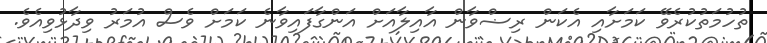
ތުހުމަތުކުރެވޭ ކަމަށާއި އެކަން ރިޟްވާން އާއިލާއަށް އަންގާފައިވާނެ ކަމަށް ވެސް އުމަރު ވިދާޅުވިއެވެ.